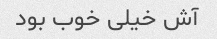
آش خیلی خوب بود